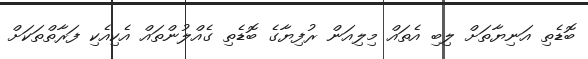
ބޮޑެތި އަނިޔާތަށް ލިބި އެތައް މިލިއަން ރުފިޔާގެ ބޮޑެތި ގެއްލުންތައް އެކިއެކި ފަރާތްތަކަށް